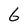
Character: 6